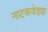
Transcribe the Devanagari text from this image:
नाटकवेड्या